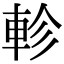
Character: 軫